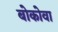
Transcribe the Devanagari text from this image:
बोकोवा